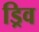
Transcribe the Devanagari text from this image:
ड्रिव